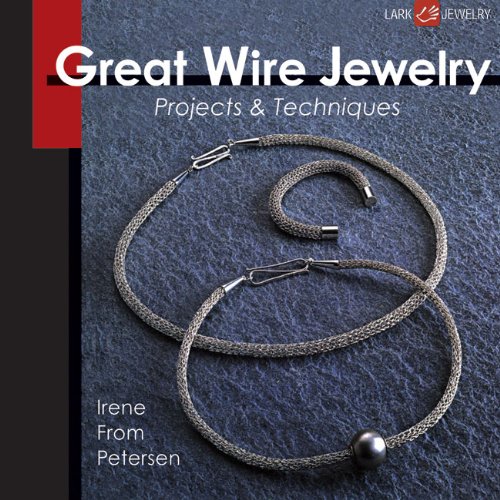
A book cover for Great Wire Jewelry: Projects & Techniques; Irene From Petersen; Crafts, Hobbies & Home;